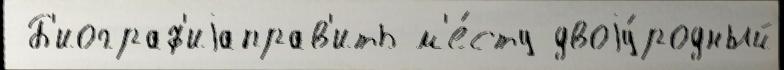
 Б'иограф'иjаправ'ить м'е́сту двоjу́родный